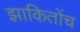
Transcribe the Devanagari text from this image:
झाकितोंच